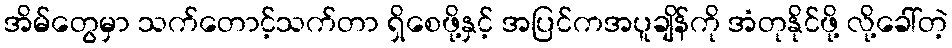
အိမ်တွေမှာ သက်တောင့်သက်တာ ရှိစေဖို့နှင့် အပြင်ကအပူချိန်ကို အံတုနိုင်ဖို့ လို့ခေါ်တဲ့